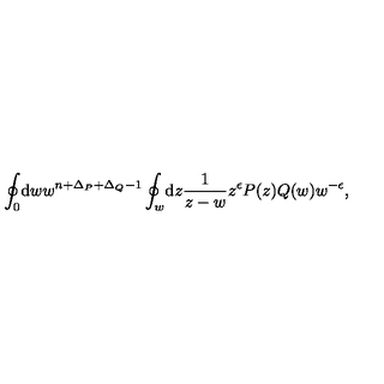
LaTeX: \oint _ { 0 } \! \mathrm { d } w w ^ { n + \Delta _ { P } + \Delta _ { Q } - 1 } \oint _ { w } \! \mathrm { d } z \frac { 1 } { z - w } z ^ { \epsilon } P ( z ) Q ( w ) w ^ { - \epsilon } ,